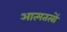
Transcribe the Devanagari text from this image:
आत्मतत्वों